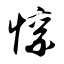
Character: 懔